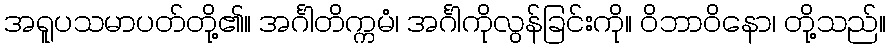
အရူပသမာပတ်တို့၏။ အင်္ဂါတိက္ကမံ၊ အင်္ဂါကိုလွန်ခြင်းကို။ ဝိဘာဝိနော၊ တို့သည်။